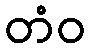
တံဝ